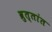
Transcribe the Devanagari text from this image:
व्रुत्तांत